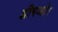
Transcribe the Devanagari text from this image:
द्वीपऔर